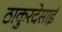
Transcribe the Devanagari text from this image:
ठाकुरदेसाई